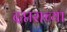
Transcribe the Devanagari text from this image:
दप्तराच्या